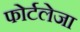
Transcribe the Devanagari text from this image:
फोर्टलेजा